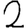
Digit: 2